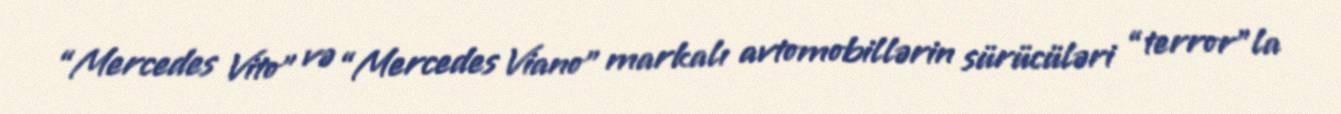
“Mercedes Vito” və “Mercedes Viano” markalı avtomobillərin sürücüləri “terror”la